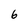
Character: 6